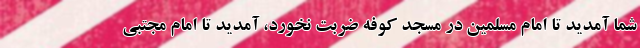
شما آمدید تا امام مسلمین در مسجد کوفه ضربت نخورد، آمدید تا امام مجتبی